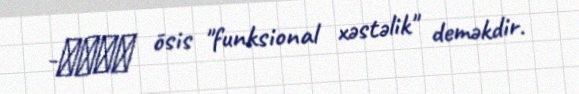
-ωσις ōsis "funksional xəstəlik" deməkdir.